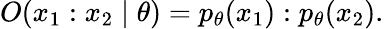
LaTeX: O(x_{1}:x_{2}\mid\theta)=p_{\theta}(x_{1}):p_{\theta}(x_{2}).